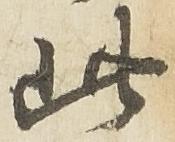
此